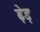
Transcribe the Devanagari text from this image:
ढ़ेड़